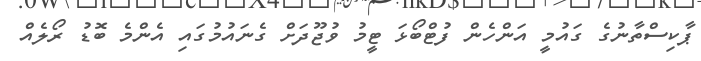
ޕާކިސްތާނުގެ ގައުމީ އަންހެން ފުޓްބޯޅަ ޓީމު ވުޖޫދަށް ގެނައުމުގައި އެންމެ ބޮޑު ރޯލެއް